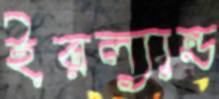
ইরল্যান্ড